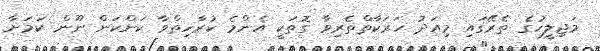
މަޖިލީހުގެ ތެރޭގައި މިއަދު ހަރަކާތްތެރިވާ ގޮތަކީ އެންމެ ކުރާހިތްވާ ކަންކަން ނޫން ކަމަށާ